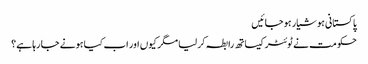
پاکستانی ہوشیار ہو جائیں
حکومت نے ٹوئٹر کیساتھ رابطہ کر لیا مگر کیوں اور اب کیا ہونے جا رہا ہے؟